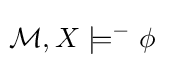
\!{\mathcal {M}},X\models ^{-}\phi